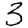
Digit: 3